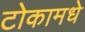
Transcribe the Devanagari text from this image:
टोकामधे